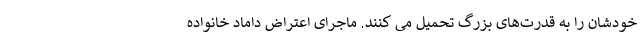
خودشان را به قدرت‌های بزرگ تحمیل می کنند. ماجرای اعتراض داماد خانواده